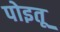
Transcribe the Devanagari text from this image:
पोइतू